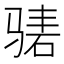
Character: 𬴃